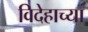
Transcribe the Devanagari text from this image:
विदेहाच्या